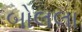
બોલલા